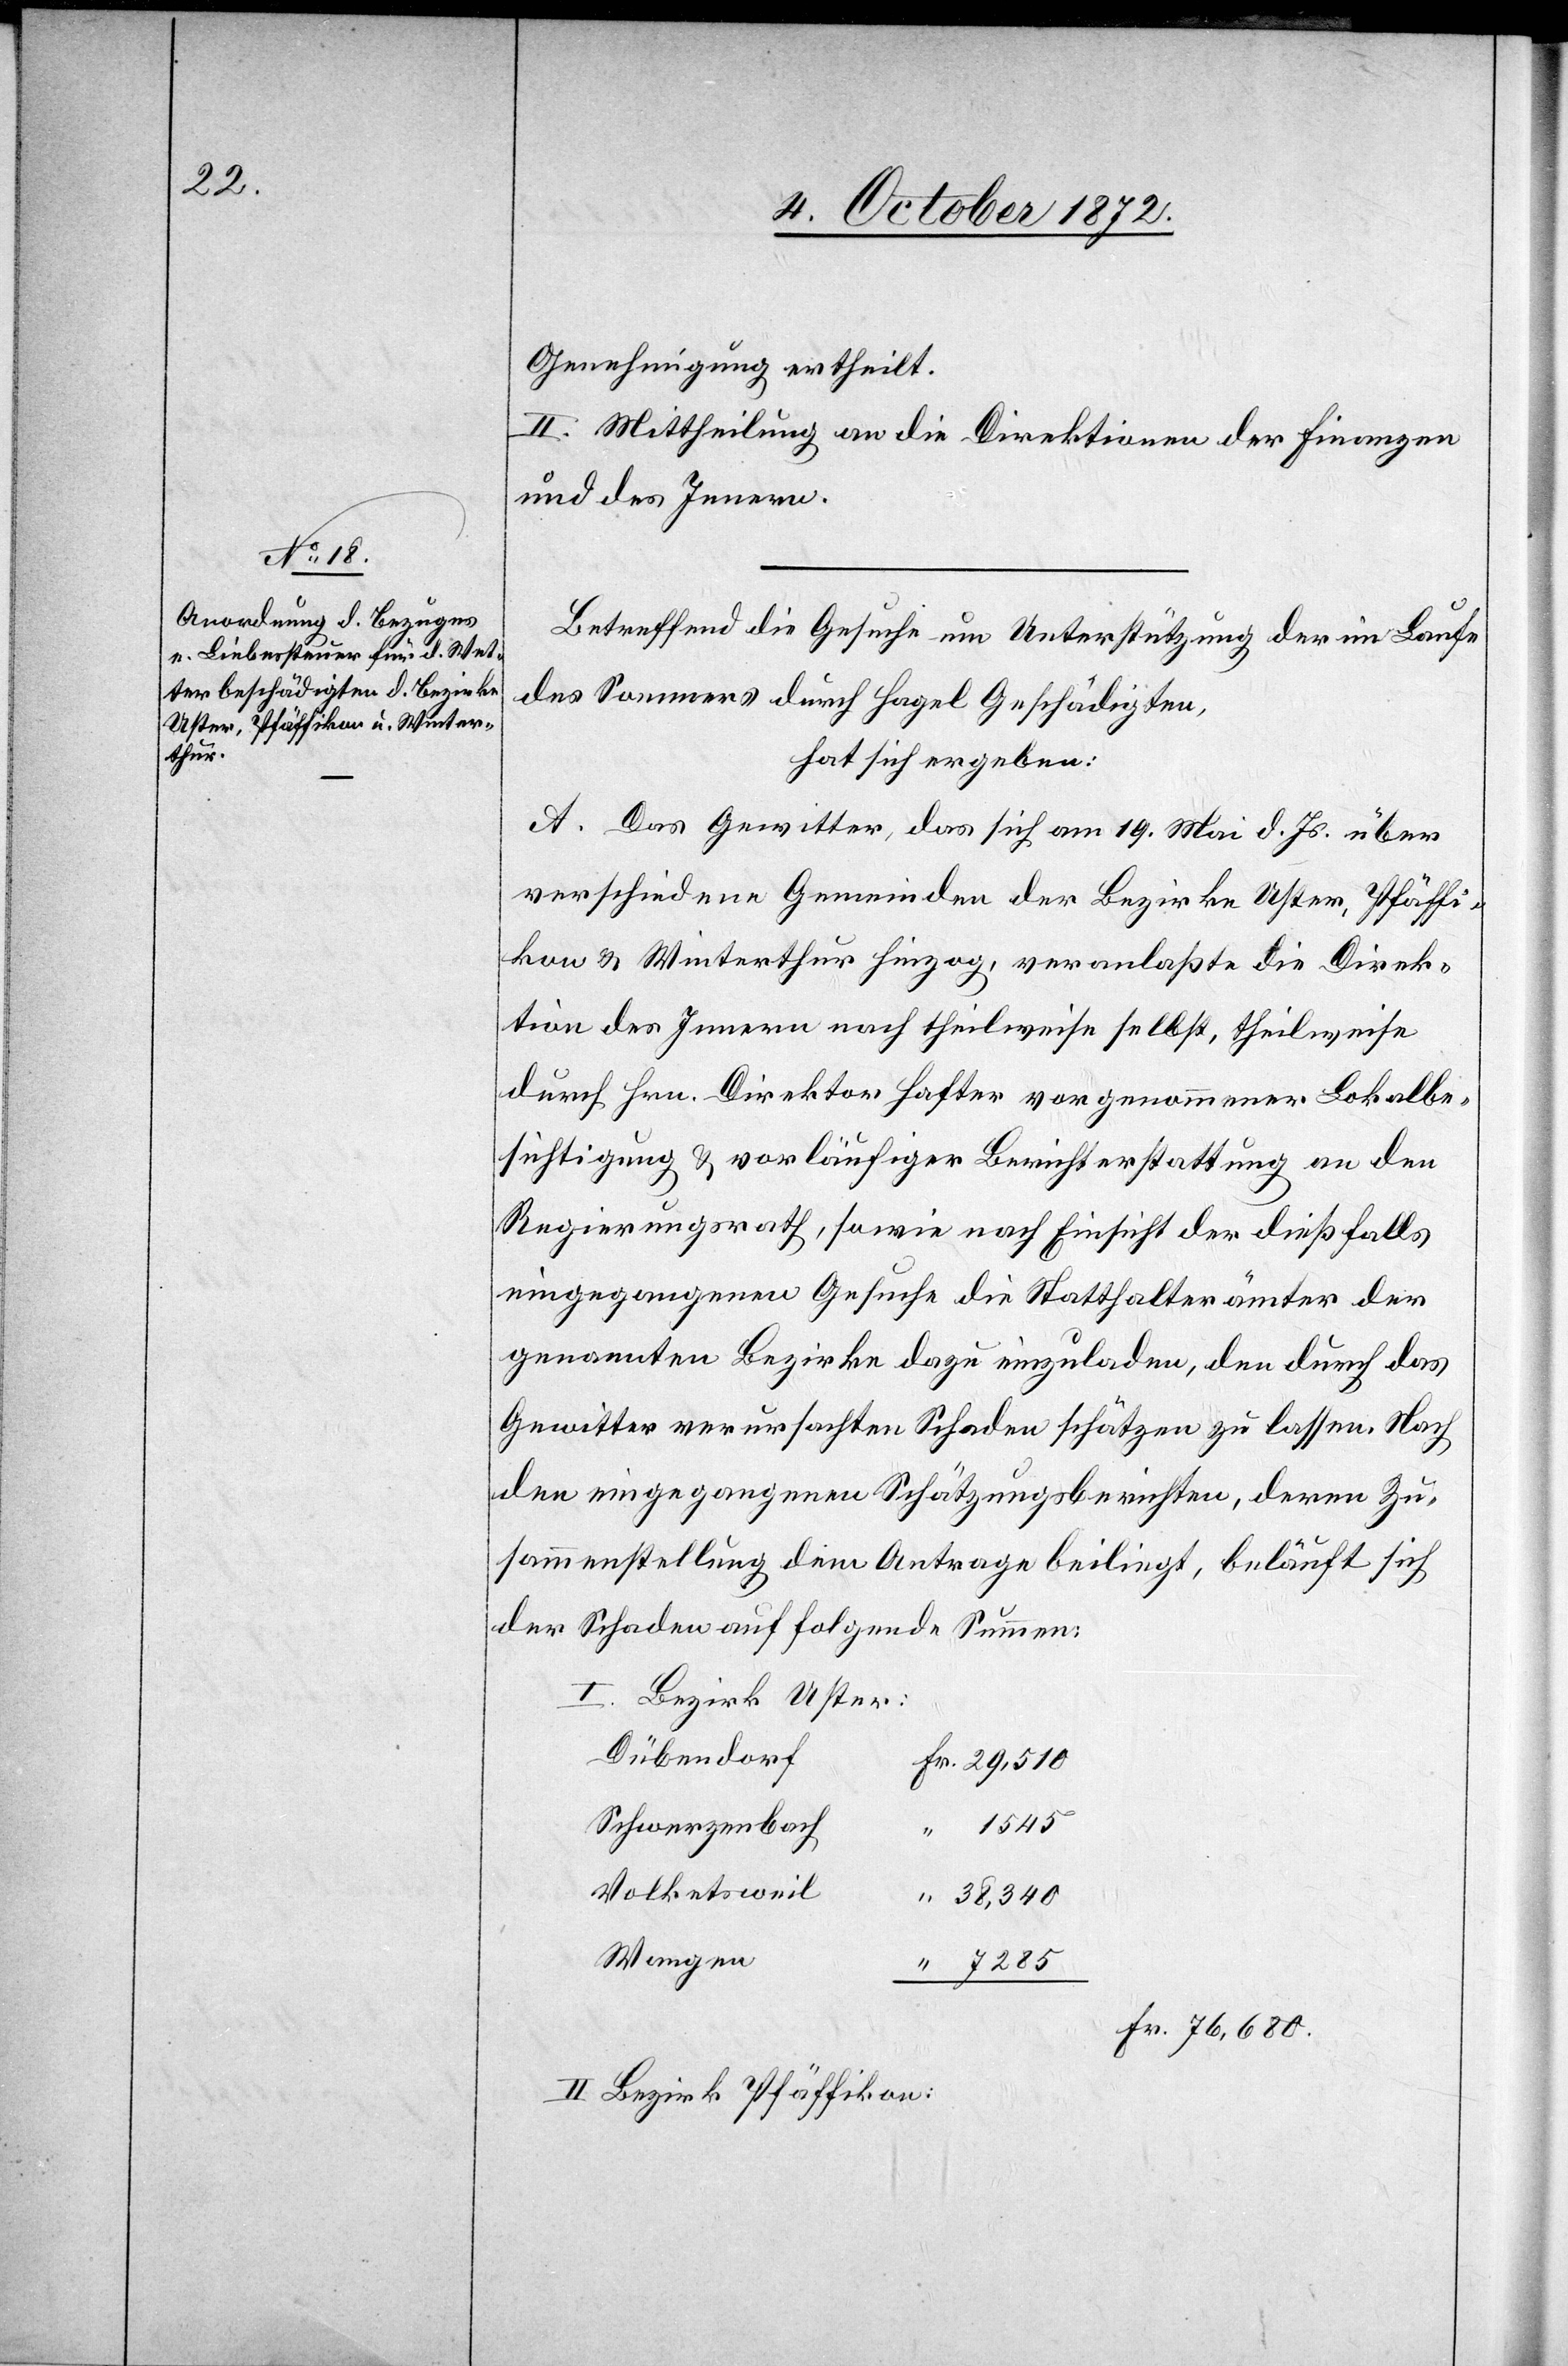
Genehmigung ertheilt.
II. Mittheilung an die Direktionen der Finanzen
und des Innern.
Betreffend die Gesuche um Unterstützung der im Laufe
des Sommers durch Hagel Geschädigten,
hat sich ergeben:
A. Das Gewitter, das sich am 19. Mai d. Js. über
verschiedene Gemeinden der Bezirke Uster, Pfäffi¬
kon u. Winterthur hinzog, veranlaßte die Direk¬
tion des Innern nach theilweise selbst, theilweise
durch Hrn. Direktor Hafter vorgenommener Lokalbe¬
sichtigung u. vorläufiger Berichterstattung an den
Regierungsrath, sowie nach Einsicht der dießfalls
eingegangenen Gesuche die Statthalterämter der
genannten Bezirke dazu einzuladen, den durch das
Gewitter verursachten Schaden schätzen zu lassen. Nach
den eingegangenen Schätzungsberichten, deren Zu¬
sammenstellung dem Antrage beiliegt, beläuft sich
der Schaden auf folgende Summen:
I. Bezirk Uster:
Dübendorf
29,510
Schwerzenbach
1545
Volketsweil
38,349
Wangen
Fr. 76,680.
II. Bezirk Pfäffikon: